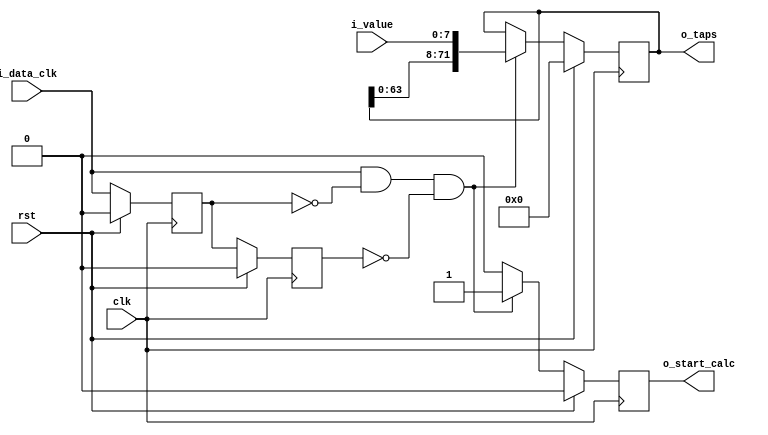
`default_nettype none

module shift_register_line #(
    parameter TOTAL_TAPS = 9,
    parameter BITS_PER_TAP = 8,
    parameter TOTAL_BITS = 9 * 8
) (
    // Clock
    input wire clk,

    // Reset
    input wire rst,

    // Inputs Streaming
    input wire signed [BITS_PER_TAP - 1:0] i_value,

    // clock in the data
    input wire i_data_clk,

    // signal to fir's, data is ready to start calculation
    output wire o_start_calc,

    // TAPS
    output reg [TOTAL_BITS - 1:0] o_taps
);

  reg stb;
  reg start_calc;
  reg data_clk_previous; // data_clk one cycle before
  reg data_clk_two_previous; // data_clk two cycles before

  initial begin
    o_taps = 0;
    stb = 0;
    start_calc = 0;
    data_clk_previous = 0;
    data_clk_two_previous = 0;
  end

  always @(posedge clk) begin
    if (rst) begin
      o_taps <= 0;
      stb <= 0;
      start_calc <= 0;
      data_clk_previous <= 0;
      data_clk_two_previous <= 0;
    end else begin
      o_taps <= o_taps;
      start_calc <= 0;
      if (i_data_clk & ~data_clk_previous & ~data_clk_two_previous) begin //rising clk with one redundant reg to fix metastability
        o_taps <= {o_taps[((TOTAL_BITS-1)-BITS_PER_TAP):0], i_value};
        start_calc <= 1;
      end
      data_clk_previous <= i_data_clk;
      data_clk_two_previous <= data_clk_previous;

    end
  end

  assign o_start_calc = start_calc;

endmodule